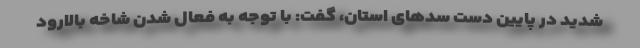
شدید در پایین دست سدهای استان، گفت: با توجه به فعال شدن شاخه بالارود